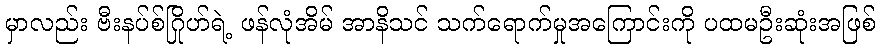
မှာလည်း ဗီးနပ်စ်ဂြိုဟ်ရဲ့ ဖန်လုံအိမ် အာနိသင် သက်ရောက်မှုအကြောင်းကို ပထမဦးဆုံးအဖြစ်